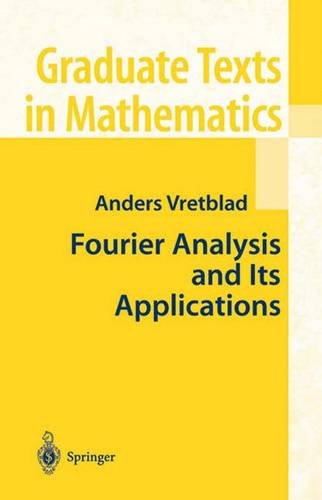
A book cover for Fourier Analysis and Its Applications (Graduate Texts in Mathematics, Vol. 223); Anders Vretblad; Science & Math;